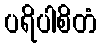
ပရိပါစိတံ